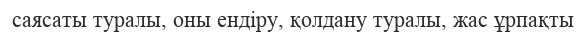
саясаты туралы, оны ендіру, қолдану туралы, жас ұрпақты